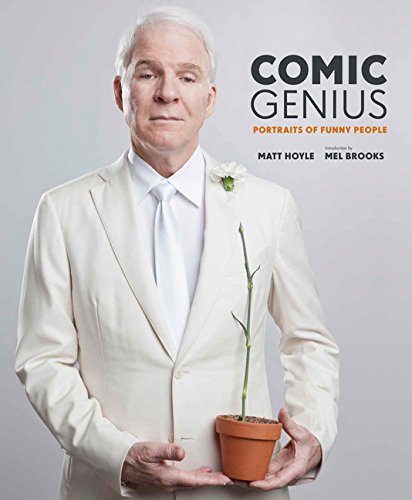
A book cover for Comic Genius: Portraits of Funny People; Humor & Entertainment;